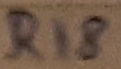
Text: R18